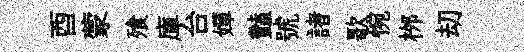
酉蒙飱庫台嬋豔號諸歌惋桞刧